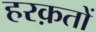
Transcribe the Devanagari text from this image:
हरक़तों